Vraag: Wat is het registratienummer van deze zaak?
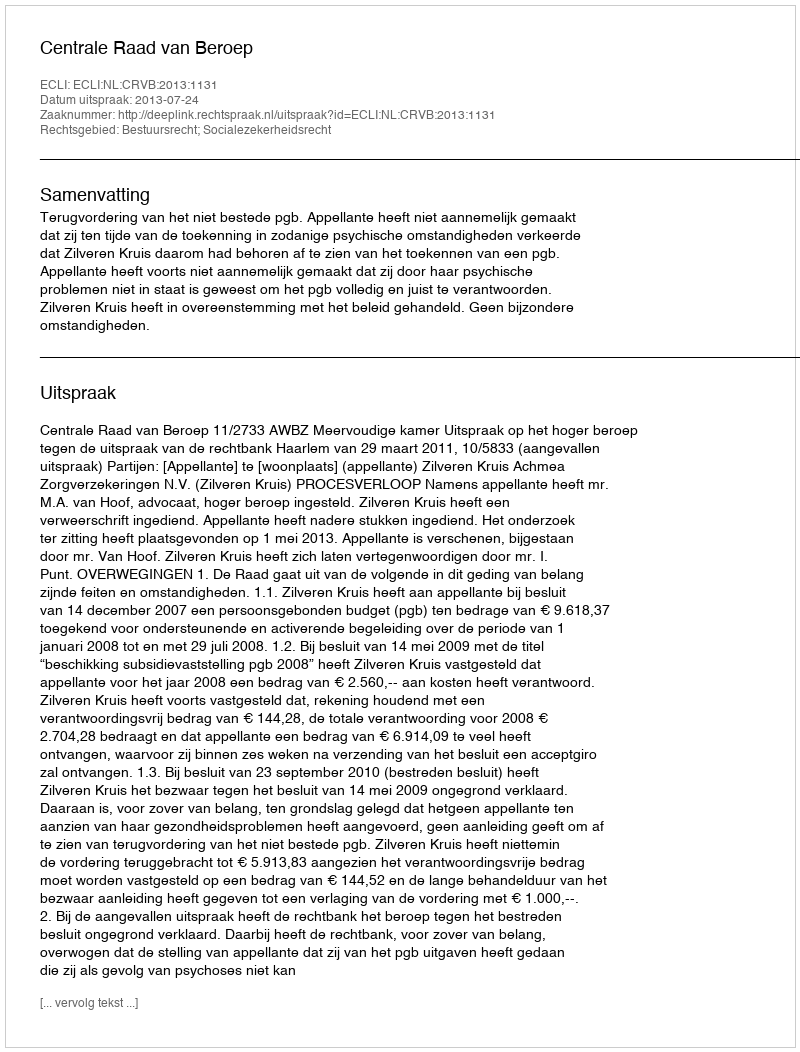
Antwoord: http://deeplink.rechtspraak.nl/uitspraak?id=ECLI:NL:CRVB:2013:1131